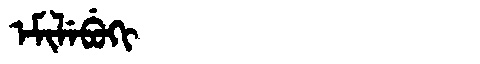
Manchu: ᡝᠮᡳᠯᡝᠪᡠᡴᡳ
Romanization: EMILEBUKI